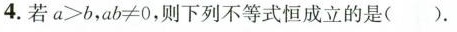
4.若a>b，ab≠0，则下列不等式恒成立的是().